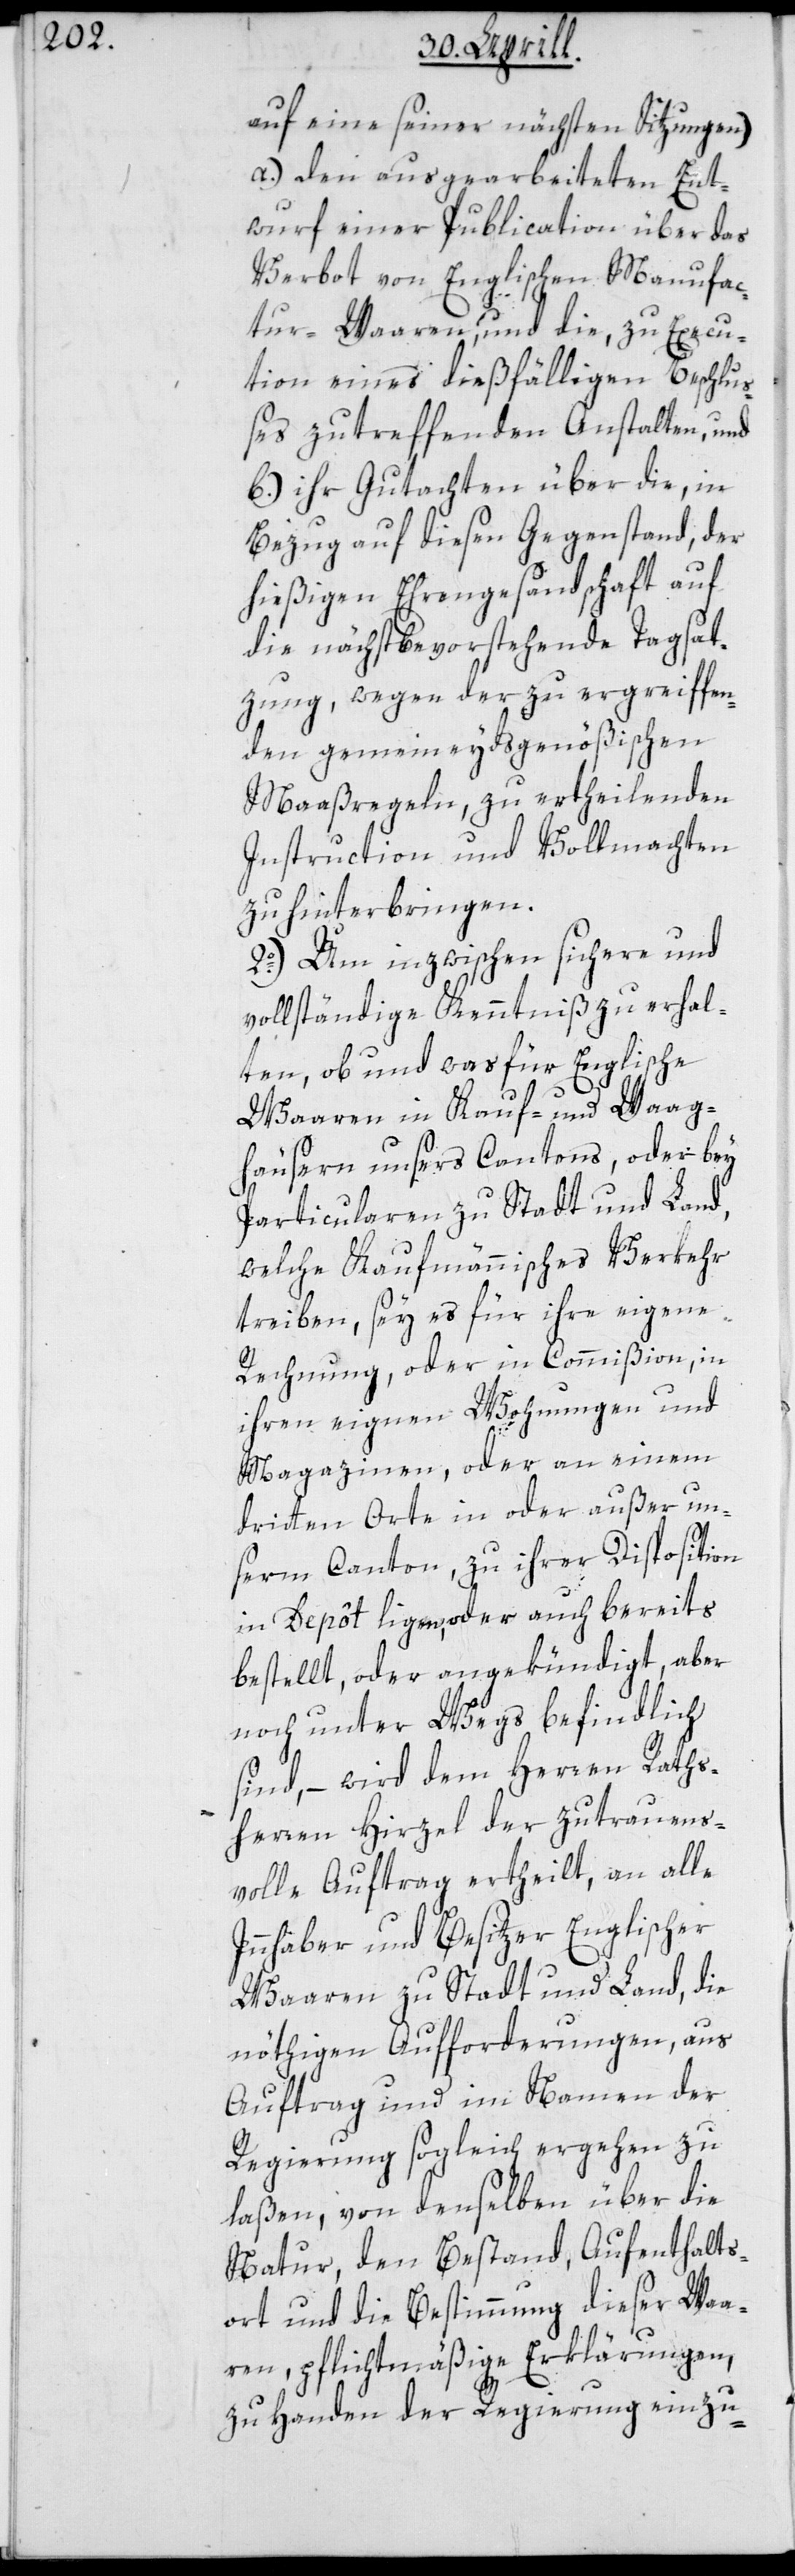
auf eine seiner nächsten Sitzungen)
a.) den ausgearbeiteten Ent¬
wurf einer Publication über das
Verbot von Englischen Manufac¬
tur-Waaren und die, zu Execu¬
tion eines dießfälligen Beschlu¬
ßes zu treffenden Anstalten, und
b.) ihr Gutachten über die, in
Bezug auf diesen Gegenstand, der
hießigen Ehrengesandtschaft auf
die nächst bevorstehende Tagsat¬
zung, wegen der zu ergreiffen¬
den gemeineydsgenößischen
Maaßregeln zu ertheilenden
Instruction und Vollmachten
zu hinterbringen.
2o.) Um inzwischen sichere und
vollständige Kenntniß zu erhal¬
ten, ob und was für Englische
Waaren in Kauf- und Waag¬
häusern unsers Cantons, oder bey
Particularen zu Stadt und Land,
welche Kaufmännisches Verkehr
treiben, sey es für ihre eigene
Rechnung oder in Commission, in
ihren eignen Wohnungen und
Magazinen, oder an einem
dritten Orte in oder außer un¬
serm Canton, zu ihrer Disposition
in Depôt liegen, oder auch bereits
bestellt oder angekündigt, aber
noch unter Wegs befindlich
sind, – wird dem Herren Raths¬
herren Hirzel der zutrauens¬
volle Auftrag ertheilt, an alle
Innhaber und Besitzer Englischer
Waaren zu Stadt und Land, die
nöthigen Aufforderungen, aus
Auftrag und im Namen der
Regierung sogleich ergehen zu
laßen, von denselben über die
Natur, den Bestand, Aufenthalts¬
ort und die Bestimmung dieser Waa¬
ren, pflichtmäßige Erklärungen,
zu Handen der Regierung einzu-